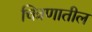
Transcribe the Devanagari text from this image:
चित्रणातील